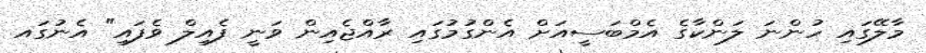
މާލޭގައި ހުންނަ ލަންކާގެ އެމްބަސީއަށް އެންގުމުގައި ރާއްޖެއިން ވަނީ ފެއިލް ވެފައި" އެނުގައ